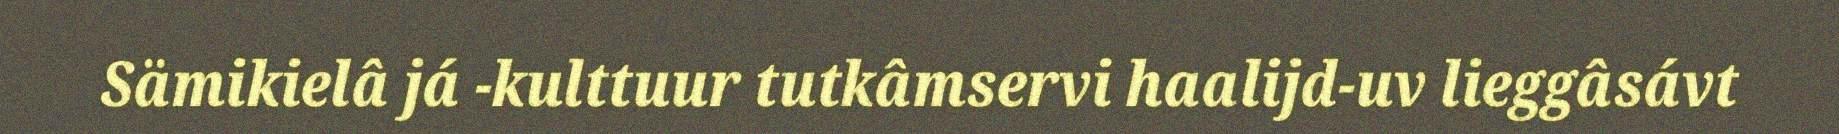
Sämikielâ já -kulttuur tutkâmservi haalijd-uv lieggâsávt